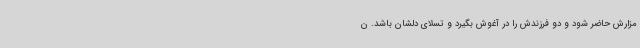
مزارش حاضر شود و دو فرزندش را در آغوش بگیرد و تسلای دلشان باشد. ن